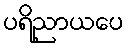
ပရိညာယပေ